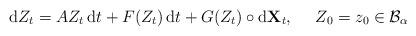
LaTeX: \begin{align*} \mathrm{d}Z_t = AZ_t \, \mathrm{d}t+F(Z_t) \, \mathrm{d}t+G(Z_t)\circ\mathrm{d}\mathbf{X}_t, \ \ \ \ Z_{0}=z_0\in \mathcal{B}_{\alpha}\end{align*}